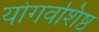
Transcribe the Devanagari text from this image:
योगवशिष्ठ